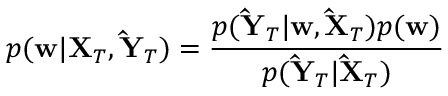
p ( \mathbf { w } | \mathbf { X } _ { T } , \mathbf { \hat { Y } } _ { T } ) = \frac { p ( \mathbf { \hat { Y } } _ { T } | \mathbf { w } , \mathbf { \hat { X } } _ { T } ) p ( \mathbf { w } ) } { p ( \mathbf { \hat { Y } } _ { T } | \mathbf { \hat { X } } _ { T } ) }